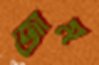
জাম